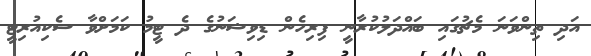
އަދި ތިންވަނަ މެޗުގައި ބައްދަލުކުރާނީ ފިރިހެން ޑިވިޝަނުގެ ދެ ޓީމު ކަމަށްވާ ސެކިއުރިޓީ